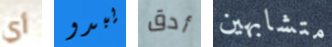
أي يبدو أدق متشابهين